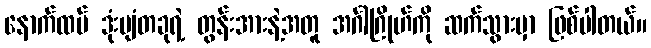
နောက်ထပ် ဒုံးပျံတခုရဲ့ တွန်းအားနဲ့အတူ အင်္ဂါဂြိုဟ်ကို ဆက်သွားမှာ ဖြစ်ပါတယ်။